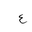
Letter: _ayn